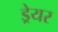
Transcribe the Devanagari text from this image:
ड्रेयर